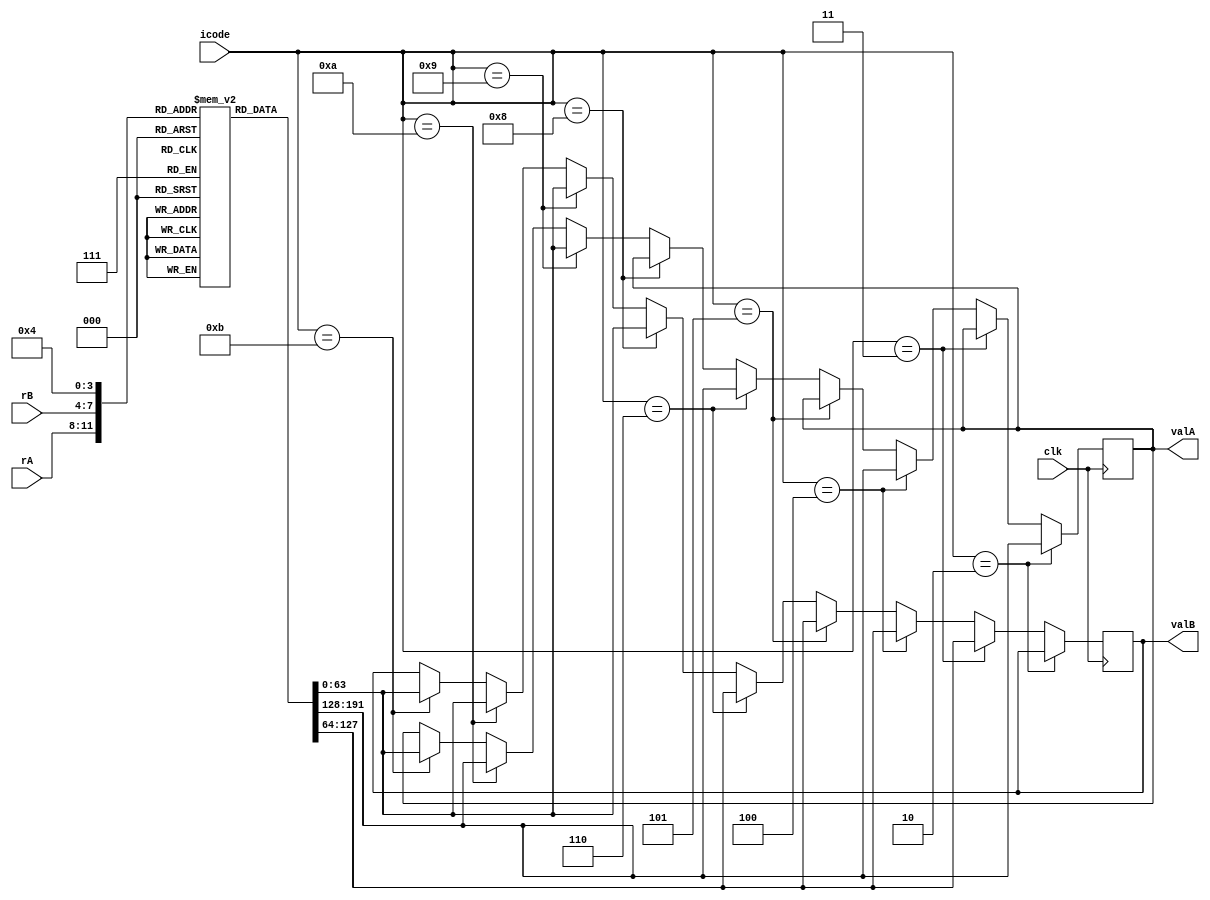
	module decode(clk, icode, rA, rB, valA, valB);

	input             clk;
	input      [ 3:0] icode;
	input      [ 3:0] rA;
	input      [ 3:0] rB;
	output reg [63:0] valA;
	output reg [63:0] valB;

	reg [63:0] register_file[0:14];
	/* register_memory[0]  -> %rax
	   register_memory[1]  -> %rcx
	   register_memory[2]  -> %rdx
	   register_memory[3]  -> %rbx
	   register_memory[4]  -> %rsp
	   register_memory[5]  -> %rbp
	   register_memory[6]  -> %rsi
	   register_memory[7]  -> %rdi
	   register_memory[8]  -> %r8
	   register_memory[9]  -> %r9
	   register_memory[10] -> %r10
	   register_memory[11] -> %r11
	   register_memory[12] -> %r12
	   register_memory[13] -> %r13
	   register_memory[14] -> %r14 */

	// For testing purposes, hardcoding the values stored in the registers
	initial begin
		register_file[0] = 64'd0;
		register_file[1] = 64'd1;
		register_file[2] = 64'd2;
		register_file[3] = 64'd3;
		register_file[4] = 64'd4;
		register_file[5] = 64'd5;
		register_file[6] = 64'd7;
		register_file[7] = 64'd7;
		register_file[8] = 64'd8;
		register_file[9] = 64'd9;
		register_file[10] = 64'd10;
		register_file[11] = 64'd11;
		register_file[12] = 64'd12;
		register_file[13] = 64'd13;
		register_file[14] = 64'd14;
	end

	always @(posedge clk) begin
		// cmovxx rA, rB
		if (icode == 4'b0010) begin
			valA = register_file[rA];
		end

		// irmovq V, rB
		else if(icode == 4'b0011) begin
			valB = register_file[rB];
		end

		// rmmovq rA, D(rB)
		else if(icode == 4'b0100) begin
			valA = register_file[rA];
			valB = register_file[rB];
		end

		// mrmovq D(rB), rA
		else if(icode == 4'b0101) begin
			valB = register_file[rB];
		end

		// OPq rA, rB
		else if(icode == 4'b0110) begin
			valA = register_file[rA];
			valB = register_file[rB];
		end

		// call Dest
		else if(icode == 4'b1000) begin
			valB = register_file[4];
		end

		// ret
		else if(icode == 4'b1001) begin
			valA = register_file[4];
			valB = register_file[4];
		end

		// pushq rA, rB
		else if(icode == 4'b1010) begin
			valA = register_file[rA];
			valB = register_file[4];
		end

		// popq rA, rB
		else if(icode == 4'b1011) begin
			valA = register_file[4];
			valB = register_file[4];
		end
	end

endmodule